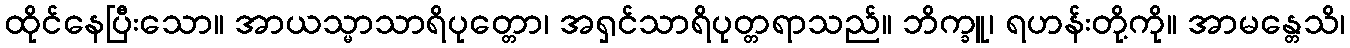
ထိုင်နေပြီးသော။ အာယသ္မာသာရိပုတ္တော၊ အရှင်သာရိပုတ္တရာသည်။ ဘိက္ခူ၊ ရဟန်းတို့ကို။ အာမန္တေသိ၊